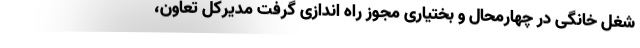
شغل خانگی در چهارمحال و بختیاری مجوز راه اندازی گرفت مدیرکل تعاون،